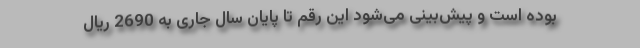
بوده است و پیش‌بینی می‌شود این رقم تا پایان سال جاری به 2690 ریال